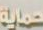
حماية